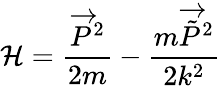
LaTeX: \mathcal{H}=\frac{{\overrightarrow{{P}}^{2}}}{{2m}}-\frac{{m\overrightarrow{{\tilde{{P}}}}^{2}}}{{2k^{2}}}